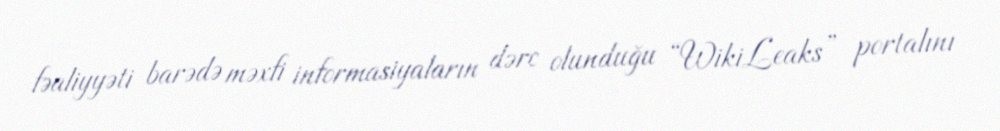
fəaliyyəti barədə məxfi informasiyaların dərc olunduğu “WikiLeaks” portalını